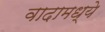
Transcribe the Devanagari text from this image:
वादामध्ये